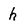
Character: h